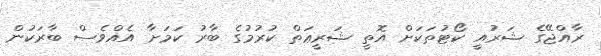
ރާއްޖޭގެ ޝަރުއީ ކޯޓުތަކަށް އޮތީ ޝަރީޢަތް ކުރުމުގެ ބާރު ކަމަށާ އެއްވެސް ބާރަކުން